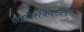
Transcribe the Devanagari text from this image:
लागेरक्विस्टला